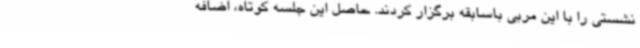
نشستی را با این مربی باسابقه برگزار کردند. حاصل این جلسه کوتاه، اضافه